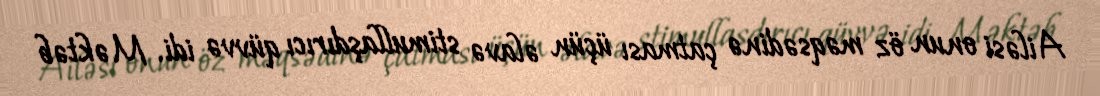
Ailəsi onun öz məqsədinə çatması üçün əlavə stimullaşdırıcı qüvvə idi. Məktəb